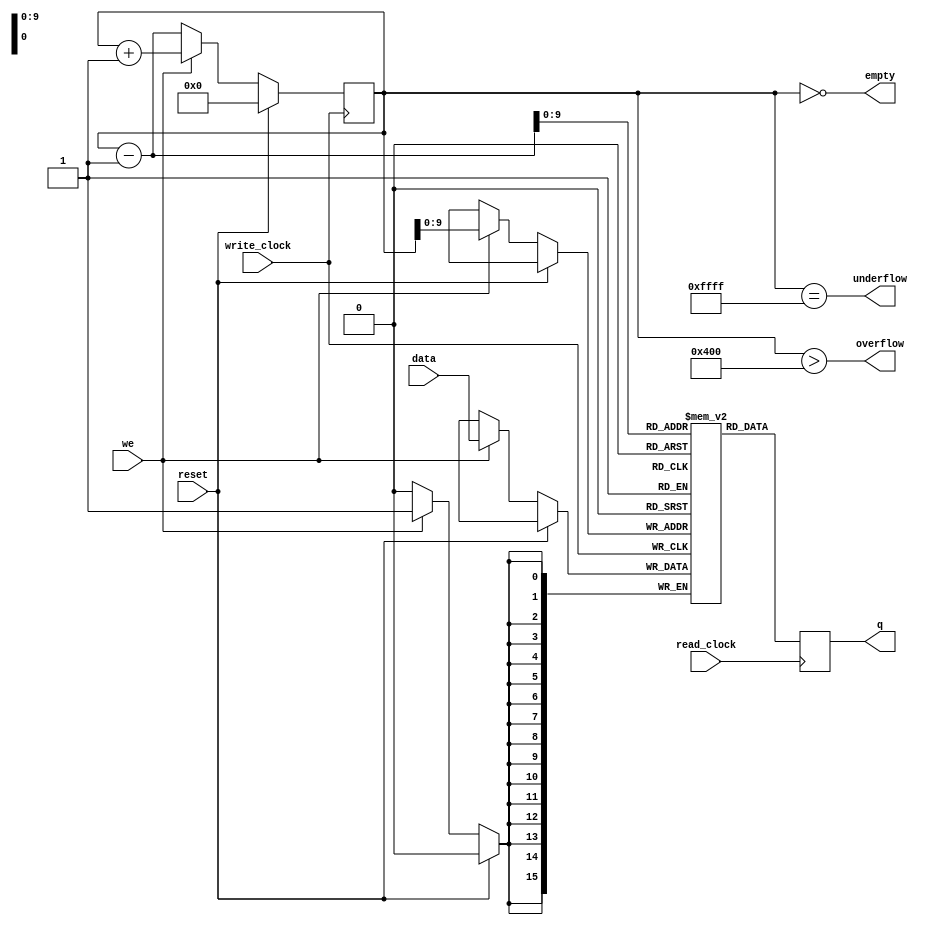
module pilhaDeDados
#(parameter DATA_WIDTH=16, parameter ADDR_WIDTH=10)
(
	input [(DATA_WIDTH-1):0] data,
	input reset,
	input we, read_clock, write_clock,
	output reg [(DATA_WIDTH-1):0] q,
	output overflow, underflow, empty
);
	
	// Declare the RAM variable
	reg [DATA_WIDTH-1:0] ram[2**ADDR_WIDTH-1:0];
	reg [DATA_WIDTH-1:0] TOS;
	
	assign overflow = (TOS > 2**ADDR_WIDTH);
	assign underflow = (TOS == 16'b1111111111111111);
	assign empty = (TOS == 16'b00000000000000000);
	
	always @ (posedge write_clock)
	begin
		if(reset == 1)
			TOS <= 16'b00000000000000000;
		// Write
		else if (we)
			begin
				ram[TOS] <= data;
				TOS <= TOS + 16'b00000000000000001;
			end
		else
			begin
				TOS <= TOS - 16'b00000000000000001;
			end
	end
	
	always @ (posedge read_clock)
	begin
		// Read 
		q <= ram[TOS - 16'b00000000000000001];
		
	end
	
endmodule